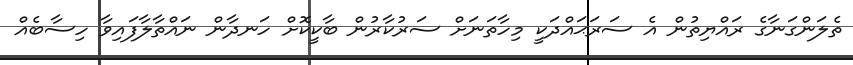
ތެލަންގަނާގެ ރައްޔިތުން އެ ސަރަޙައްދަކީ މިހާތަނަށް ސަރުކާރުން ބާކީކޮށް ހަނދާން ނައްތާލާފައިވާ ހިސާބެއް